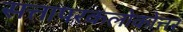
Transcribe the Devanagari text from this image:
सत्तापरकलोकोत्तर